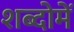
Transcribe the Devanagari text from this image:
शब्दोमें